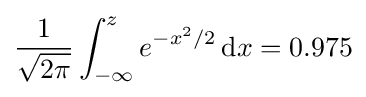
{\frac {1}{\sqrt {2\pi }}}\int _{-\infty }^{z}e^{-x^{2}/2}\,\mathrm {d} x=0.975